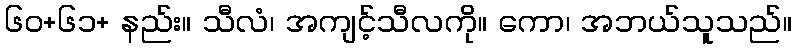
၆၀+၆၁+ နည်း။ သီလံ၊ အကျင့်သီလကို။ ကော၊ အဘယ်သူသည်။